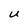
Character: U